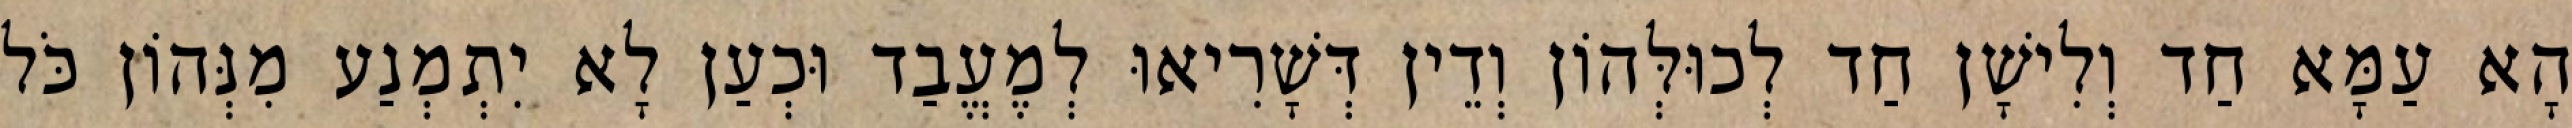
הָא עַמָּא חַד וְלִישָׁן חַד לְכוּלְּהוֹן וְדֵין דְּשָׁרִיאוּ לְמֶעֱבַד וּכְעַן לָא יִתְמְנַע מִנְּהוֹן כֹּל